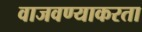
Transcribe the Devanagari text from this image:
वाजवण्याकरता